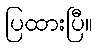
ပြထားပြီ။